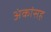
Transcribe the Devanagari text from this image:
अंकांसह